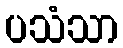
ပသံသာ